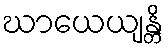
ဃာယေယျန္တိ